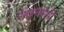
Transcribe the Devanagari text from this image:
साइथरेसी